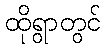
ထိုရွာတွင်